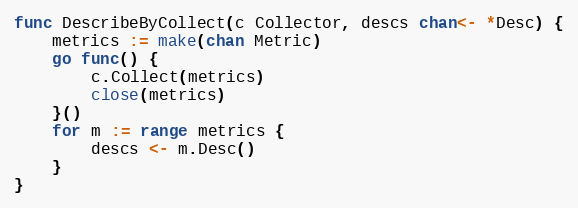
Language: Go
func DescribeByCollect(c Collector, descs chan<- *Desc) {
	metrics := make(chan Metric)
	go func() {
		c.Collect(metrics)
		close(metrics)
	}()
	for m := range metrics {
		descs <- m.Desc()
	}
}